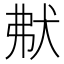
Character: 𤝟